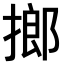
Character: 𢲲